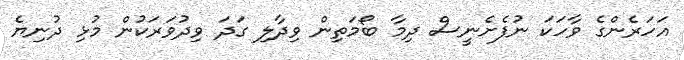
އަހަރެންގެ ވާހަކަ ނުފެށެނީސް ދިމާ ބޯމަތިން ވިދާލި ގަދަ ވިދުވަރަކުން މުޅި ދުނިޔެ